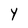
Character: Y